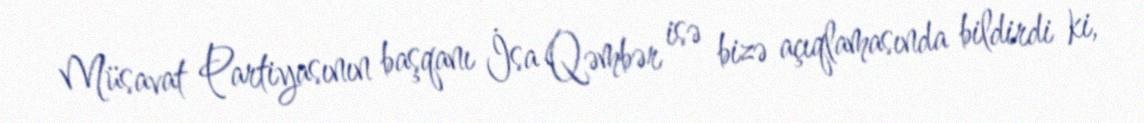
Müsavat Partiyasının başqanı İsa Qəmbər isə bizə açıqlamasında bildirdi ki,